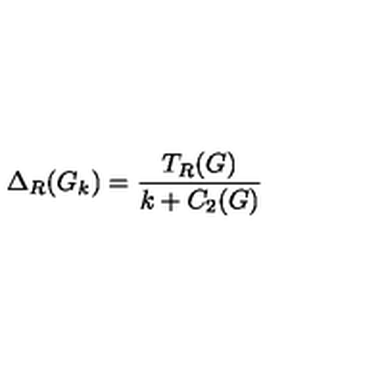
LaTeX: \Delta _ { R } ( G _ { k } ) = \frac { T _ { R } ( G ) } { k + C _ { 2 } ( G ) }